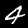
Label: 4